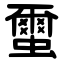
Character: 蠒